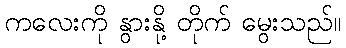
ကလေးကို နွားနို့ တိုက် မွေးသည်။